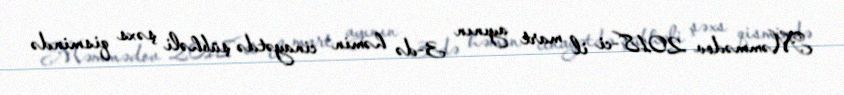
Məmmədov 2018-ci il mart ayının 3-də həmin cinayətdə şübhəli şəxs qismində